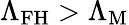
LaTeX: \Lambda_{\mathrm{FH}}>\Lambda_{\mathrm{M}}